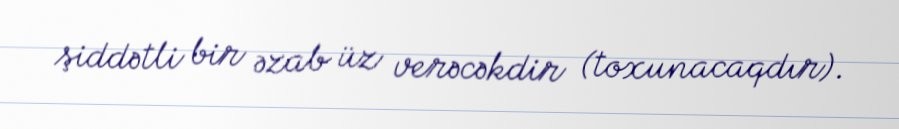
şiddətli bir əzab üz verəcəkdir (toxunacaqdır).